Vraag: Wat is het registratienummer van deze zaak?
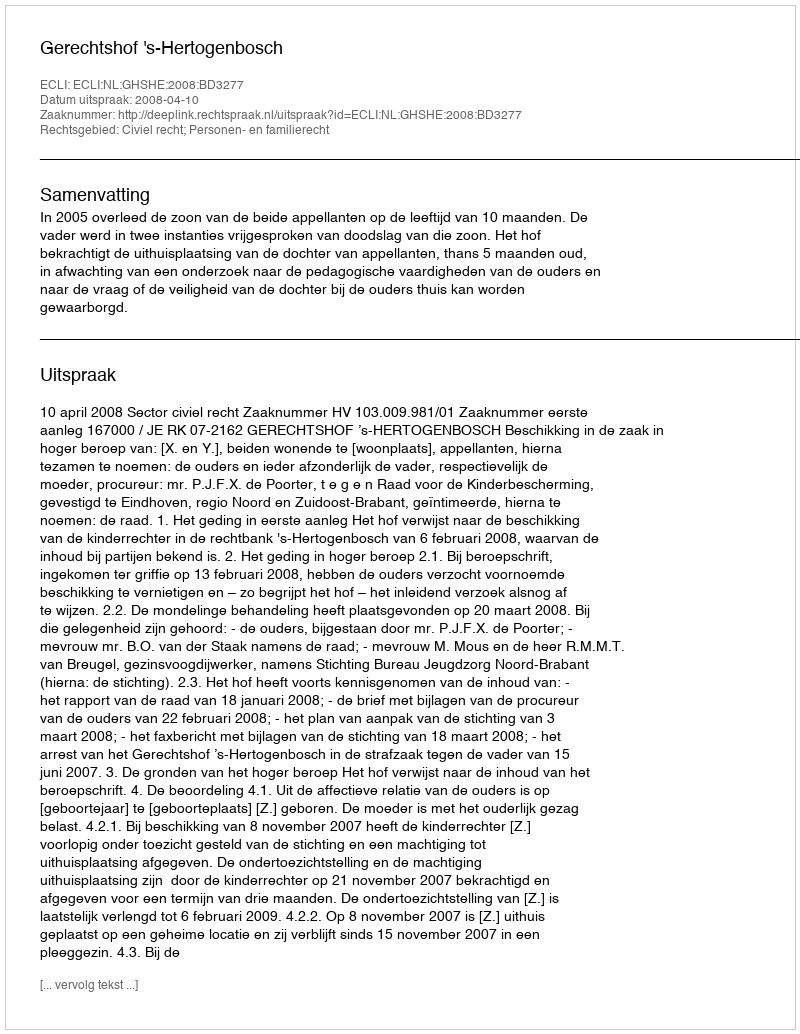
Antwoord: http://deeplink.rechtspraak.nl/uitspraak?id=ECLI:NL:GHSHE:2008:BD3277